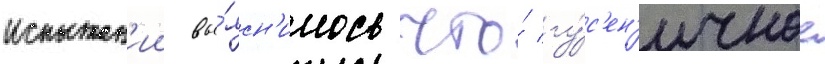
испытан'ии вы́ясн'илось что́ гу́с'ен'ичное